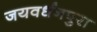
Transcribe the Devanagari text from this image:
जयवर्धनपुरा